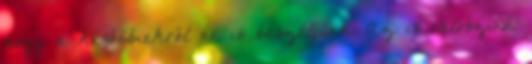
hogy a későbbiekről ne is beszéljünk. Az is valószínű,